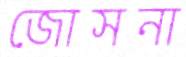
জোসনা